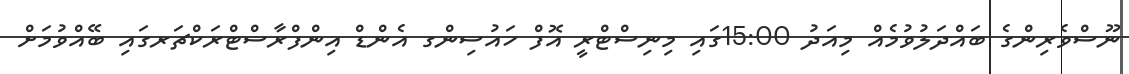
ނޫސްވެރިންގެ ބައްދަލުވުމެއް މިއަދު 15:00ގައި މިނިސްޓްރީ އޮފް ހައުސިންގ އެންޑް އިންފްރާސްޓްރަކްޗަރގައި ބޭއްވުމަށް